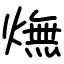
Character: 㷻